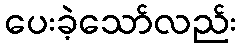
ပေးခဲ့သော်လည်း